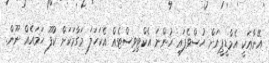
އޭނާއަކީ އެމްޑީޕީއަށް ހުސްވެފައި ހުންނަ އެކްޓިވިސްޓެއް އެކަހަލަ މަގާމަކަށް ކުފޫ ހަމައެއް ނޫން.